画像に写った文字を読んでください
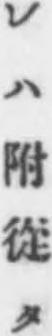
「レハ附從タ」と書いてあります